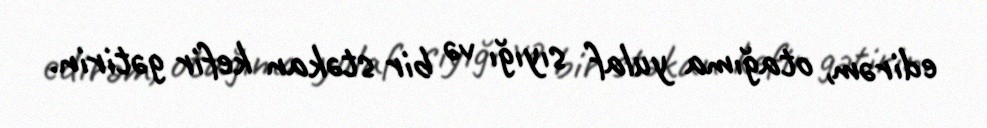
edirəm, otağıma yulaf sıyığı və bir stəkan kefir gətirin.